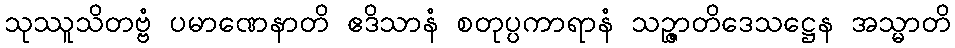
သုဿူသိတဗ္ဗံ ပမာဏေနာတိ ဧဒိသာနံ စတုပ္ပကာရာနံ သဉ္ဇာတိဒေသဋ္ဌေန အသ္မာတိ